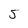
Character: 5